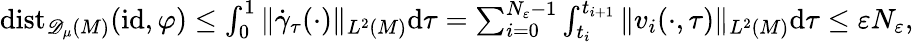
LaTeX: \begin{array}{r}{\mathrm{dist}_{{\mathscr{D}_{\mu}(M)}}(\mathrm{id},\varphi)\leq\int_{0}^{1}\| \dot{\gamma}_{\tau}(\cdot)\| _{L^{2}(M)}\mathrm{d}\tau=\sum_{i=0}^{N_{\varepsilon}-1}\int_{t_{i}}^{t_{i+1}}\| v_{i}(\cdot,\tau)\| _{L^{2}(M)}\mathrm{d}\tau\leq\varepsilon N_{\varepsilon},}\end{array}